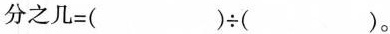
分之几=( )÷( )。